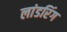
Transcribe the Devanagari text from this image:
लांडरिंग